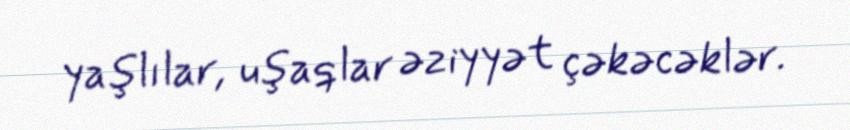
yaşlılar, uşaqlar əziyyət çəkəcəklər.